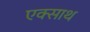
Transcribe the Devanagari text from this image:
एक्साथ